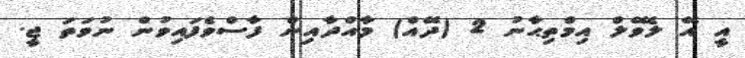
އީ އޭ ލެވޭލް އިމްތިޙާނު 2 (ދޭއް) މާއްދާއިން ފާސްވެފައިވުން ނުވަތަ ޖީ.